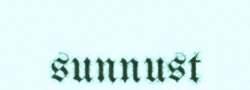
sunnust